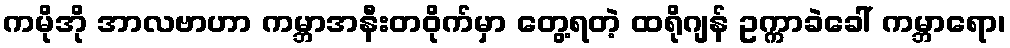
ကမိုအို အာလဗာဟာ ကမ္ဘာအနီးတဝိုက်မှာ တွေ့ရတဲ့ ထရိုဂျန် ဥက္ကာခဲခေါ် ကမ္ဘာရော၊